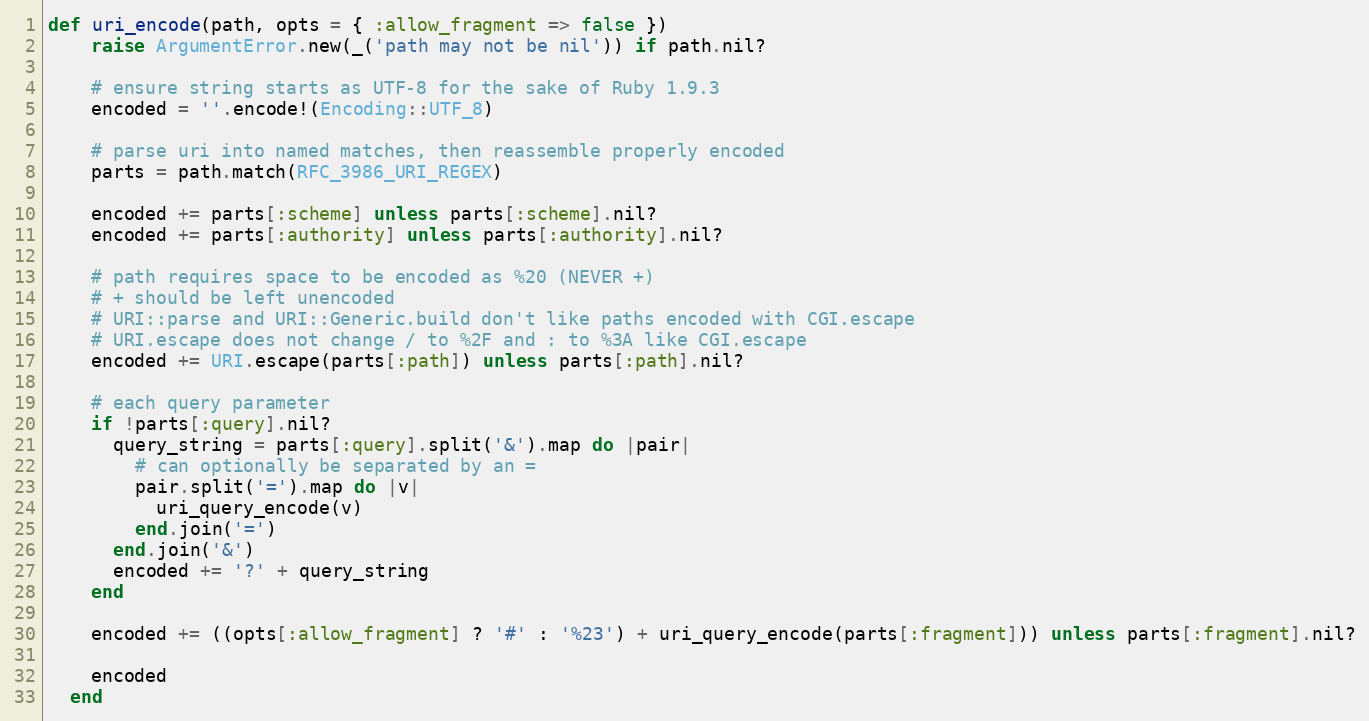
Language: Ruby
def uri_encode(path, opts = { :allow_fragment => false })
    raise ArgumentError.new(_('path may not be nil')) if path.nil?

    # ensure string starts as UTF-8 for the sake of Ruby 1.9.3
    encoded = ''.encode!(Encoding::UTF_8)

    # parse uri into named matches, then reassemble properly encoded
    parts = path.match(RFC_3986_URI_REGEX)

    encoded += parts[:scheme] unless parts[:scheme].nil?
    encoded += parts[:authority] unless parts[:authority].nil?

    # path requires space to be encoded as %20 (NEVER +)
    # + should be left unencoded
    # URI::parse and URI::Generic.build don't like paths encoded with CGI.escape
    # URI.escape does not change / to %2F and : to %3A like CGI.escape
    encoded += URI.escape(parts[:path]) unless parts[:path].nil?

    # each query parameter
    if !parts[:query].nil?
      query_string = parts[:query].split('&').map do |pair|
        # can optionally be separated by an =
        pair.split('=').map do |v|
          uri_query_encode(v)
        end.join('=')
      end.join('&')
      encoded += '?' + query_string
    end

    encoded += ((opts[:allow_fragment] ? '#' : '%23') + uri_query_encode(parts[:fragment])) unless parts[:fragment].nil?

    encoded
  end